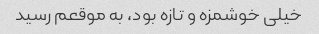
خیلی خوشمزه و تازه بود، به موقعم رسید